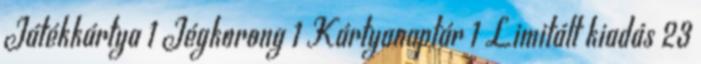
Játékkártya 1 Jégkorong 1 Kártyanaptár 1 Limitált kiadás 23